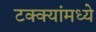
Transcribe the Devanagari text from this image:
टक्‍क्‍यांमध्ये